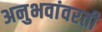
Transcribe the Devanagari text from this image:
अनुभवांवरती